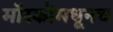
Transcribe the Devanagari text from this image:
मॉस्कोमधूनच